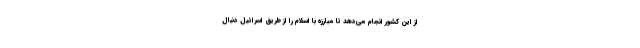
از این کشور انجام می‌دهد تا مبارزه با اسلام را از طریق اسرائیل دنبال